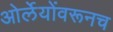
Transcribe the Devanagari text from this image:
ओर्लेयोंवरूनच